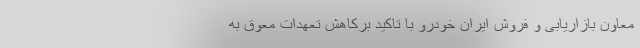
معاون بازاریابی و فروش ایران خودرو با تاکید برکاهش تعهدات معوق به